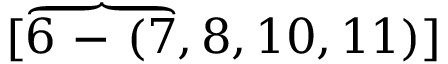
[ \overbrace { 6 \mathrm { ~ - ~ } ( 7 } , 8 , 1 0 , 1 1 ) ]